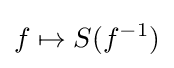
f\mapsto S(f^{-1})